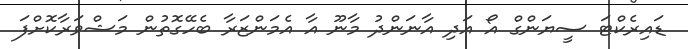
ޑައިރެކްޓަ ސީޔަންގް އޯ އަދި އާނަންދު މާނޫ އާ އެމަންޒަރާ ބެހޭގޮތުން މަޝްވަރާކޮށްފަ